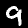
Label: 9